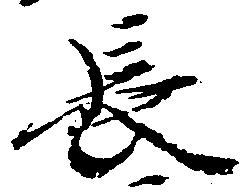
長